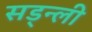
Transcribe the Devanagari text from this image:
सड्न्ली